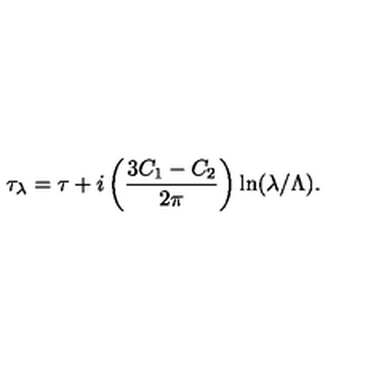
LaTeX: \tau _ { \lambda } = \tau + i \left( \frac { 3 C _ { 1 } - C _ { 2 } } { 2 \pi } \right) \ln ( \lambda / \Lambda ) .